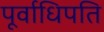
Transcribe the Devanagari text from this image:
पूर्वाधिपति